Civil Veterinary Department Bihar & Orissa reports 1911-21 - 1911-1921
Year: 1911
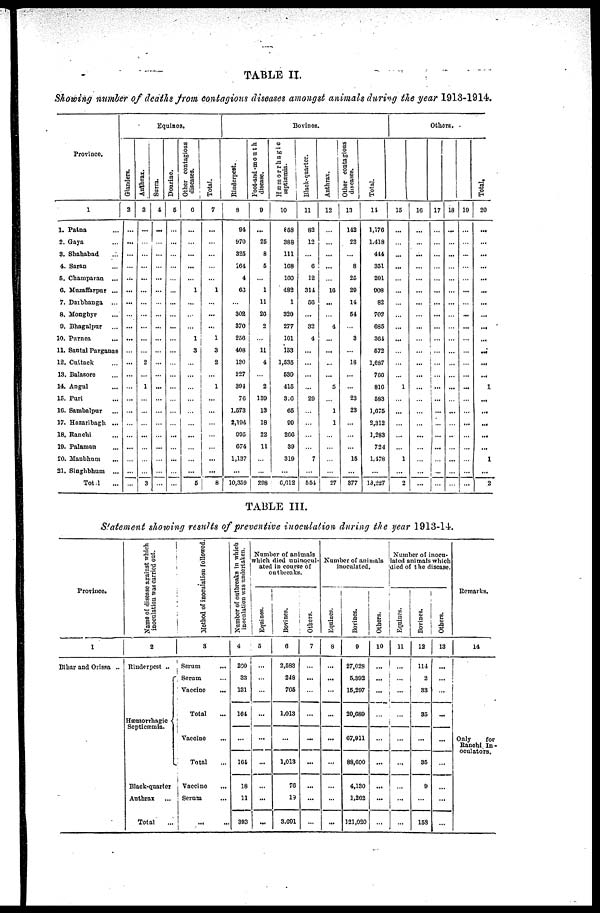
TABLE II.
Showing number of deaths from contagions diseases amongst animals during the year 1913-1914.
Province.
1
1. Patna ...
2. Gaya ...
3. Shahabad ...
4. Satan
5. Champaran
...
6. Muzaffarpur ...
7. Darbhanga ...
8. Monghyr ...
9. Bhagalpur ...
10. Purnea ...
11. Santal Parganas
12. Cuttack ...
13. Balasore ...
14. Angul ...
15. Purl
16. Sambalpur ...
17. Hazaribagh ...
18. Ranchi ...
10. Palaman ...
20. Manbhum ...
21. Singhbhum
...
Total ...
Equines.
Glanders.
2
...
...
...
...
...
...
...
...
...
...
...
...
...
...
...
...
...
...
...
...
...
...
Anthrax.
3
...
...
...
...
...
...
...
...
...
...
...
2
...
1
...
...
...
...
...
...
...
3
Surra.
4
...
...
...
...
...
...
...
...
...
...
...
...
...
...
...
...
...
...
...
...
...
...
Dourine.
5
...
...
...
...
...
...
...
...
...
...
...
...
...
...
...
...
...
...
...
...
...
Other contagious
diseases.
6
...
...
...
...
...
1
...
...
...
1
3
...
...
...
...
...
...
...
...
...
...
5
Total.
7
...
...
...
...
...
1
...
...
...
1
3
2
...
1
...
...
...
...
...
...
...
8
Bovines.
Rinderpest.
8
94
970
325
164
4
63
...
302
370
250
408
130
227
391
76
1,573
2,194
095
074
1,137
...
10,359
Foot-and-mouth
disease.
9
...
25
8
5
...
1
11
20
2
...
11
4
...
2
130
13
18
22
11
...
...
208
Hæmorrhagic
septiæmia.
10
858
388
111
168
100
482
1
320
277
101
153
1,535
530
415
310
65
90
260
39
319
...
6,612
Black-quarter.
11
82
12
...
6
12
314
56
...
32
4
...
...
...
...
29
...
...
...
...
7
...
551
Anthrax.
12
...
...
...
...
...
16
...
...
4
...
...
...
...
5
...
1
1
...
...
...
...
27
Other contagious
diseases.
13
142
23
...
8
25
20
14
54
...
3
...
18
...
...
23
23
...
...
...
15
...
377
Total.
11
1,176
1,418
414
351
201
008
82
702
685
364
572
1,687
766
816
583
1,675
2,312
1,283
724
1,478
...
13,227
Others.
15
...
...
...
...
...
...
...
...
...
...
...
...
...
1
...
...
...
...
...
1
...
2
16
...
...
...
...
...
...
...
...
...
...
...
...
...
...
...
...
...
...
...
...
...
...
17
...
...
...
...
...
...
...
...
...
...
...
...
...
...
...
...
...
...
...
...
...
...
18
...
...
...
...
...
...
...
...
...
...
...
...
...
...
...
...
...
..
...
...
...
...
19
...
...
...
...
...
...
...
...
...
...
...
...
...
...
...
...
...
...
...
...
...
Total.
20
...
...
...
...
...
...
...
...
...
...
...
...
...
1
...
...
...
...
...
1
...
2
TABLE III.
Statement showing results of preventive inoculation during the year 1913-14.
Province.
1
Bihar and Orissa ..
Name of disease
against which
inoculation
was carried out.
2
Rinderpest ..
Hæmorrhagic
Black-quarter
Anthrax ...
Total ...
Method
of inoculation followed.
3
Serum ...
Serum ...
Vaccine ...
Total ...
Vaccine
...
Total ...
Vaccine ...
Serum ...
... ...
Number of outbreaks in which
inoculation was undertaken.
4
200
33
131
164
...
164
18
11
393
Number of animals
which died uninocul-
ated in course of
outbreaks.
Equines.
5
...
...
...
...
...
...
...
...
...
Bovines.
6
2,583
248
765
1,013
...
1,013
70
19
3,691
Others.
7
...
...
...
...
...
...
...
...
...
Number of animals
inoculated.
Equines.
8
...
...
...
...
...
...
...
...
...
Bovines.
0
27,028
5,892
15,297
20,680
67,911
88,600
4,130
1,262
121,020
Others.
10
...
...
...
...
...
...
...
...
...
Number of inocu-
lated animals which
died of the disease.
Equines.
11
...
...
...
...
...
...
...
...
...
Bovines.
12
114
2
33
35
...
35
9
...
158
Others.
13
...
...
...
...
...
...
...
...
...
Remarks.
14
Only
for
Ranchi In-
oculators.